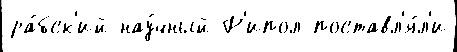
ра́бск'ий нау́чный Р'ипол поставл'я́л'и